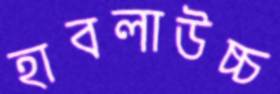
হাবলাউচ্চ